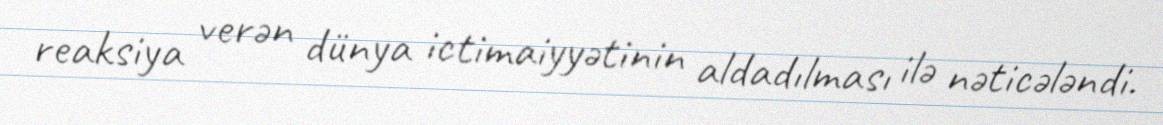
reaksiya verən dünya ictimaiyyətinin aldadılması ilə nəticələndi.